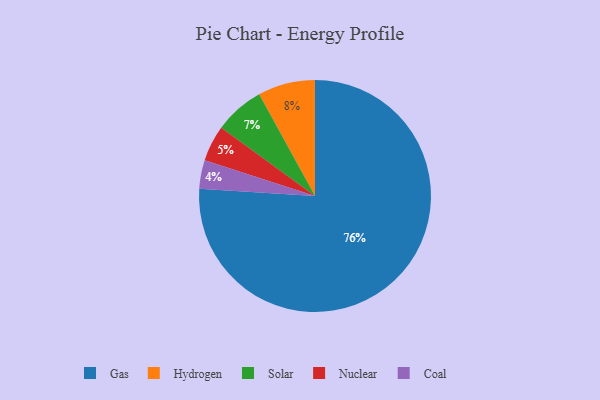
{"axis": {"x": "Category", "y": "Percentage"}, "legend": ["Coal", "Gas", "Hydrogen", "Nuclear", "Solar"], "data": [{"x": "Coal", "y": 4, "type": "Coal"}, {"x": "Gas", "y": 76, "type": "Gas"}, {"x": "Nuclear", "y": 5, "type": "Nuclear"}, {"x": "Hydrogen", "y": 8, "type": "Hydrogen"}, {"x": "Solar", "y": 7, "type": "Solar"}]}